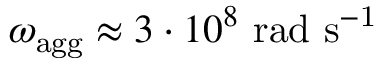
{ \omega _ { \mathrm { a g g } } \approx 3 \cdot 1 0 ^ { 8 } \ \mathrm { r a d \ s ^ { - 1 } } }